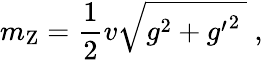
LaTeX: m_{\mathrm{Z}}={\frac{1}{2}}v{\sqrt{g^{2}+{g^{\prime}}^{2}\ }}\ ,